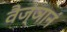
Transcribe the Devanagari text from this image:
वैज्ञानं